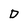
Character: D